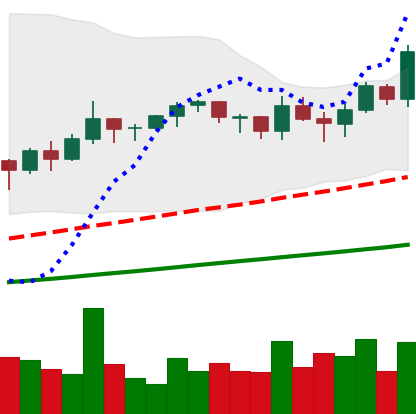
Ticker: TRX-USD
Chart end date: 2021-03-19
Forward return: -4.616%
Label: down_3_5